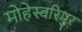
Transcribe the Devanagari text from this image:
मोहेस्वरिपुर